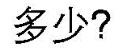
多少?